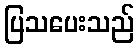
ပြသပေးသည်